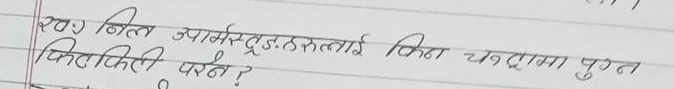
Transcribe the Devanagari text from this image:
खण्ड नीति उपसमितुहरुलाई किन चट्टानमा पुग्न फिलिली पर्छ?